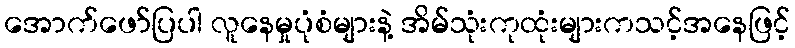
အောက်ဖော်ပြပါ လူနေမှုပုံစံများနဲ့ အိမ်သုံးကုထုံးများကသင့်အနေဖြင့်